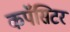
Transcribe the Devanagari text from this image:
कपॅसिटर